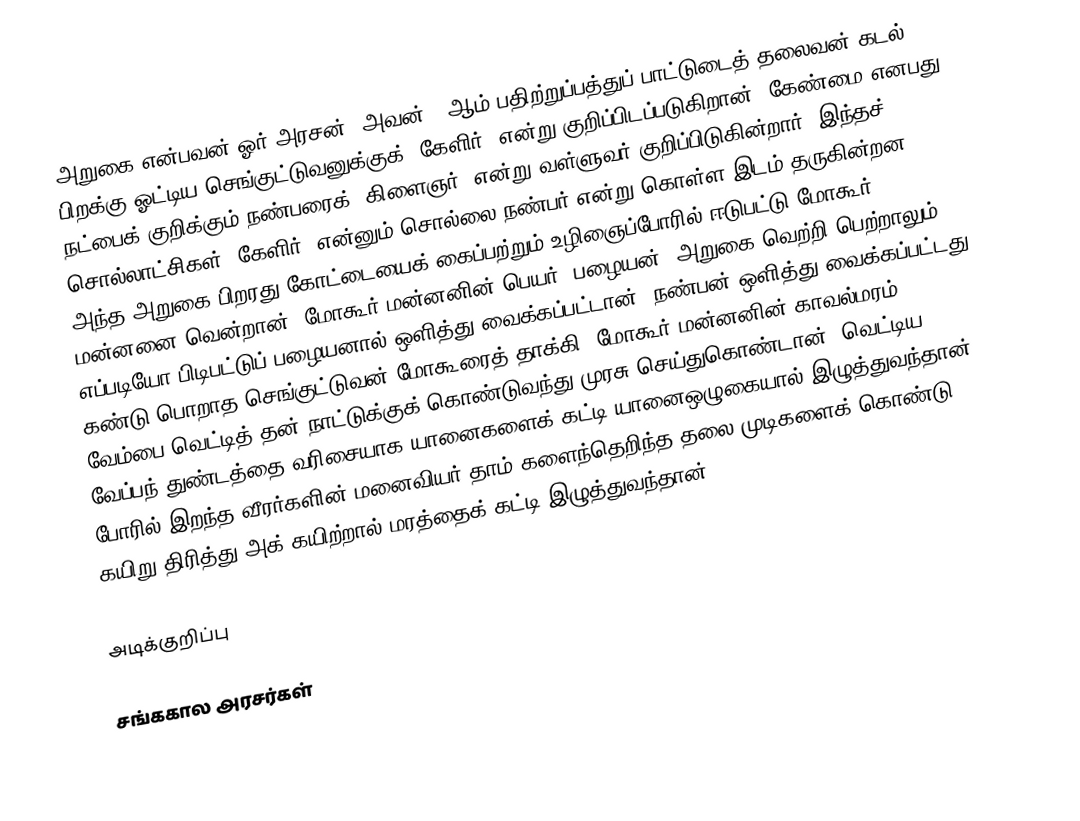
அறுகை என்பவன் ஓர் அரசன். அவன் 5-ஆம் பதிற்றுப்பத்துப் பாட்டுடைத் தலைவன் கடல் பிறக்கு ஓட்டிய செங்குட்டுவனுக்குக் 'கேளிர்' என்று குறிப்பிடப்படுகிறான்.  கேண்மை எனபது நட்பைக் குறிக்கும்  நண்பரைக் 'கிளைஞர்' என்று  வள்ளுவர் குறிப்பிடுகின்றார். இந்தச் சொல்லாட்சிகள் 'கேளிர்' என்னும் சொல்லை நண்பர் என்று கொள்ள இடம் தருகின்றன. அந்த அறுகை பிறரது கோட்டையைக் கைப்பற்றும் உழிஞைப்போரில் ஈடுபட்டு மோகூர் மன்னனை வென்றான். மோகூர் மன்னனின் பெயர் 'பழையன்'  அறுகை வெற்றி பெற்றாலும், எப்படியோ பிடிபட்டுப் பழையனால் ஒளித்து வைக்கப்பட்டான். நண்பன் ஒளித்து வைக்கப்பட்டது கண்டு பொறாத செங்குட்டுவன் மோகூரைத் தாக்கி, மோகூர் மன்னனின் காவல்மரம் வேம்பை வெட்டித் தன் நாட்டுக்குக் கொண்டுவந்து முரசு செய்துகொண்டான். வெட்டிய வேப்பந் துண்டத்தை வரிசையாக யானைகளைக் கட்டி யானைஒழுகையால் இழுத்துவந்தான். போரில் இறந்த வீரர்களின் மனைவியர் தாம் களைந்தெறிந்த தலை முடிகளைக் கொண்டு கயிறு திரித்து அக் கயிற்றால் மரத்தைக் கட்டி இழுத்துவந்தான்.

அடிக்குறிப்பு

சங்ககால அரசர்கள்